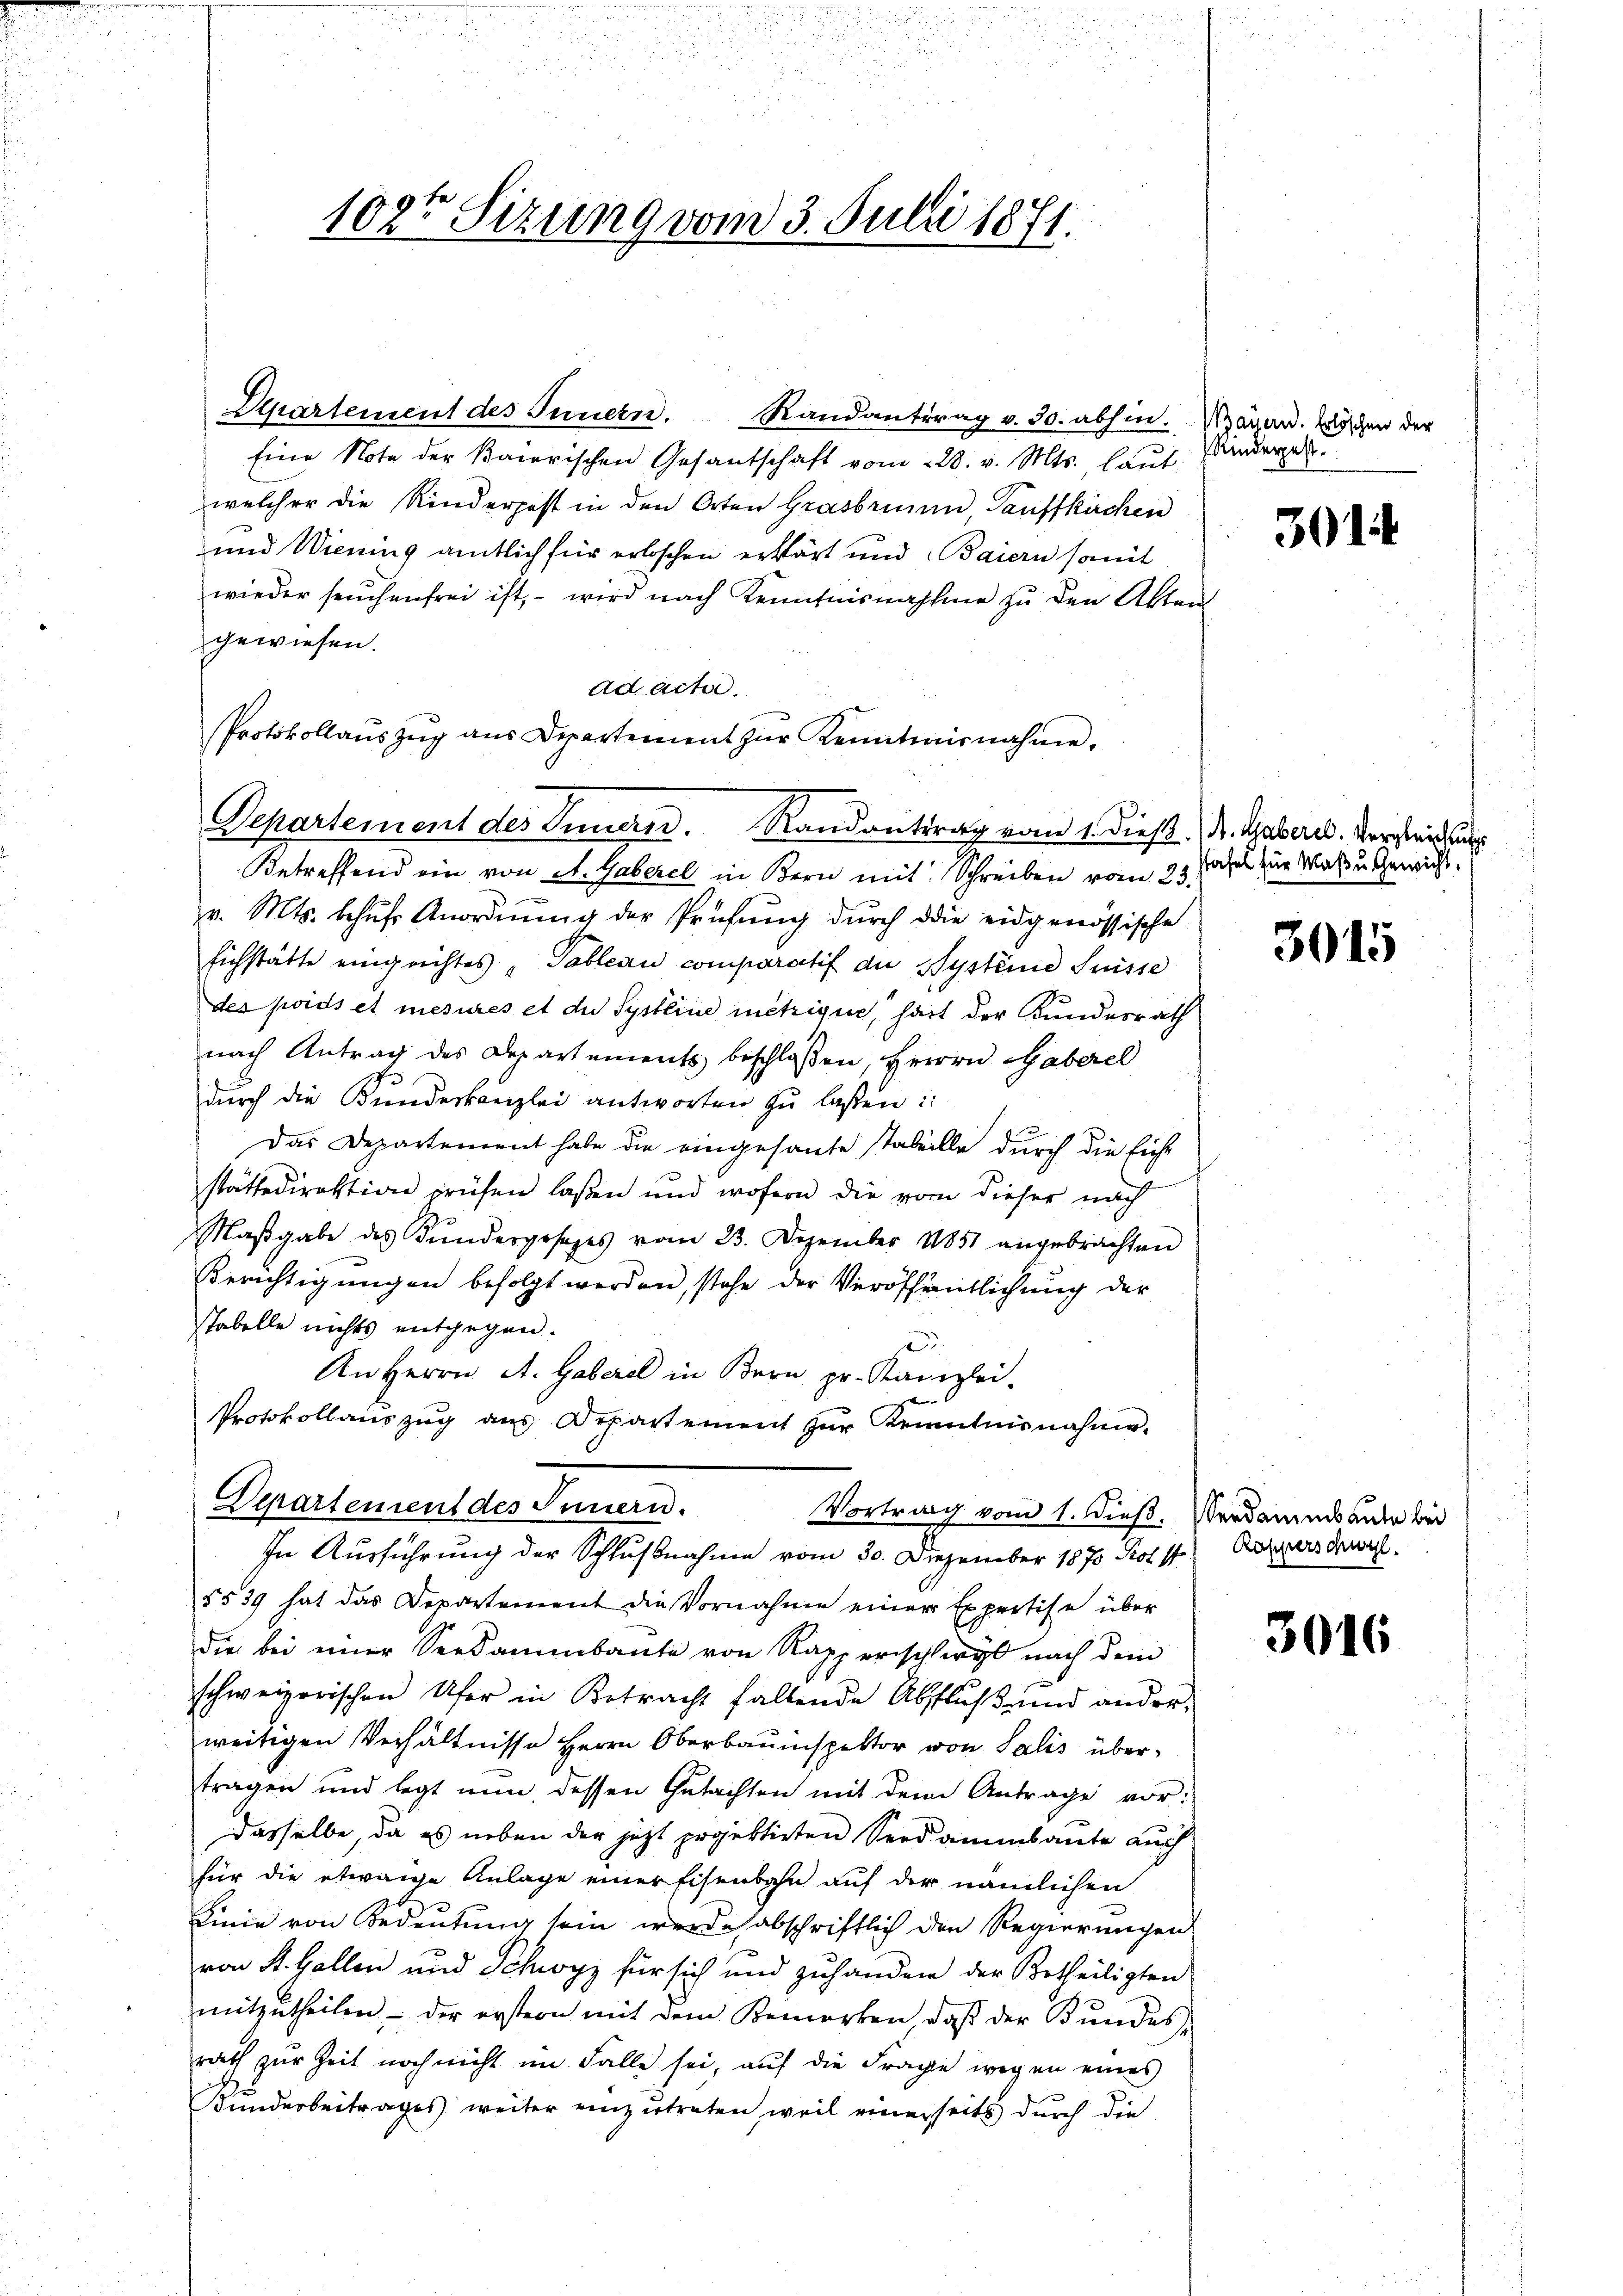
1025 Sizung vom 3. Julii 1871.

Alpartement des Innern. Randantrag v. 30. abhin. Nägen. Wochen der
Eine Note der Baierischen Gesantschaft vom 228. v. Mts. laŭt. Anderger
welcher die Rinderpest in den Orten Grasbrunn Tauffkirchen
und Wiening amtlich für erloschen erklärt und Baiern somit
wieder seuchenfrei ist, – wird nach Kenntnisnahme zu den Akten
gewiesen.
ad acta.
Protokollaŭszŭg aŭs Departement zŭr Kenntnisnahme.
Departement des Innern. Randantrag vom 1. Dieß. Dr. Haber. Vergleichu
Betreffend ein von A. Gaberel in Bern mit Schreiben vom 23. Jahrs zur Was u Gewicht.
v. Mts. behŭfs Anordnŭng der Prüfŭng durch die eidgenössische
Eichstätte eingerichtes „Tableau comparatif die System Suisse
des poids et mesures et die Systeine metrique, hat der Bundesrath
nach Antrag des Departements beschlossen, Herrn Haberel
durch die Bundeskanzlei antworten zu laßen:
Das Departement habe die eingesante stabelle durch die siche
stättedirektion prüfen laßen und wofern die vom dieser nach
Maβgabe des Fundergesezes vom 23. Dezember 1851 angebrachten
Berichtigungen befolgt werden, stehe der Veröffentlichung der
stabelle nichts entgegen.
An Herrn A. Gaberel in Bern pr. Kanzlei-
Protokollauszug aus Departement zur Kenntnisnahme.
Departement des Innern.
Vortrag vom 1. dieß. Verdammande bei
In Ausführung der Schlußnahme vom 30. Diezember 1870 Prof. St
5539 hat das Departement die Vornahme einer Expertise über
die bei einer Seesammbaute von Rapperischwyl nach dem
schweizerischen Ufer in Betracht fallende Abfluß und ander
weitigen Verhältnisse Herrn Oberbauinspektor von Salis übertragen und legt nun, dessen Gutachten mit dem Antrage vordasselbe, da es neben der jetzt projektirten Seedammsante auch
für die etwaige Anlage einer Eisenbahn auf der nämlichen
Linie von Bedeutung sein werde abschriftlich den Regierungen
von St. Gallen und Schwyz für sich und zuhandern der Betheiligten
mitzŭtheilen, der erstern mit dem Bemerken, daβ der Bŭndes-
rath zur Zeit noch nicht im Falle sei, auf die Frage wegen eines
Kunderbeitrages weiter einzŭtreten, weil einerseits dŭrch die

301

3015

Rapperschwyl.

3016